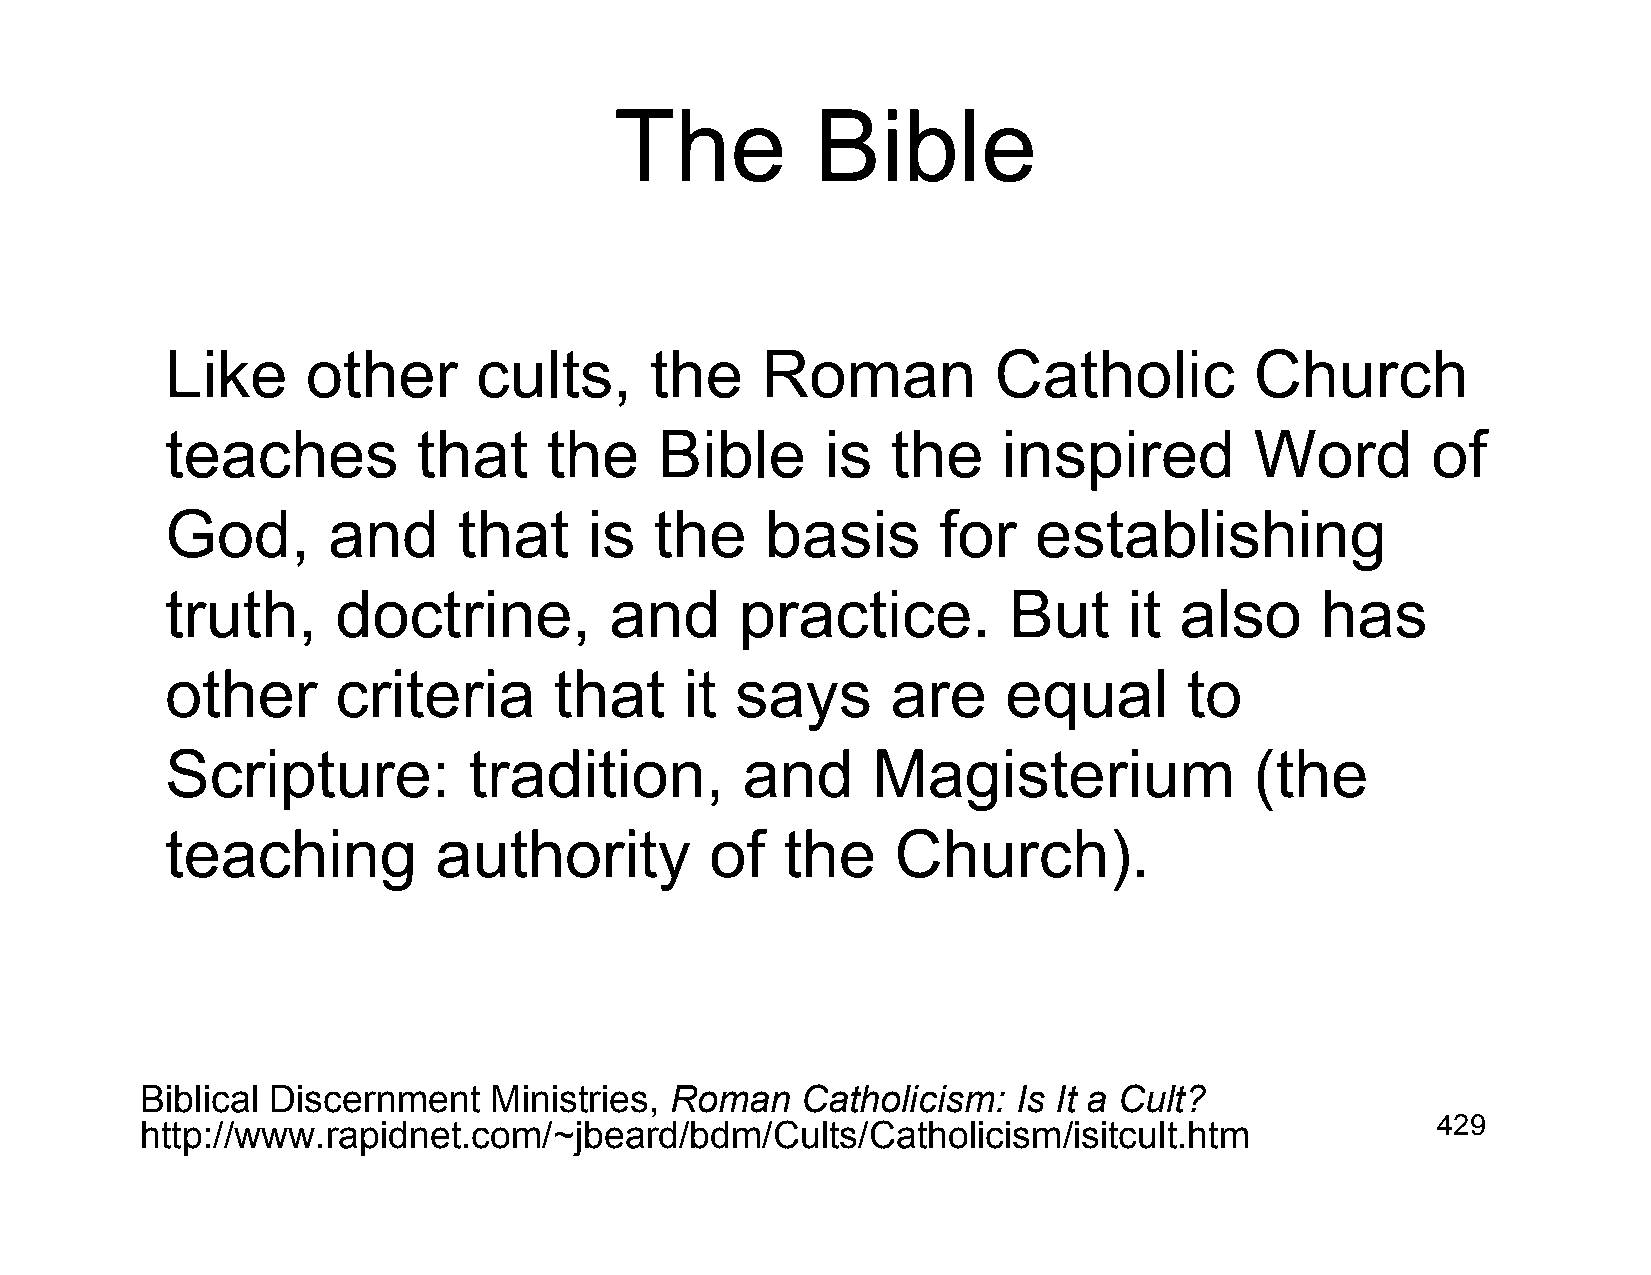
The          Bible
 Like     other       cults,     the    Roman           Catholic         Church
 teaches          that    the     Bible      is  the    inspired         Word        of
 God,       and     that     is  the     basis      for   establishing
 truth,     doctrine,         and      practice.         But     it also     has
 other      criteria       that    it  says      are     equal       to
 Scripture:          tradition,        and      Magisterium              (the
 teaching          authority         of   the    Church).
 Biblical Discernment   Ministries, Roman    Catholicism:  Is It a Cult?
 http://www.rapidnet.com/~jbeard/bdm/Cults/Catholicism/isitcult.htm                    429